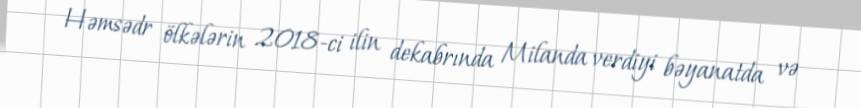
Həmsədr ölkələrin 2018-ci ilin dekabrında Milanda verdiyi bəyanatda və